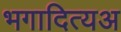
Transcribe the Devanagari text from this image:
भगादित्यअ